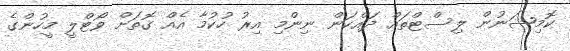
ކޮމިޝަނުން ލިސްޓްތައް ދައްކަން ނިންމި އިރު ހުކުމާ އެއް ގޮތަށް ވޯޓްލީ މީހުންގެ